Vaccination in the Punjab 1919-1929 - 1919-1929
Year: 1919
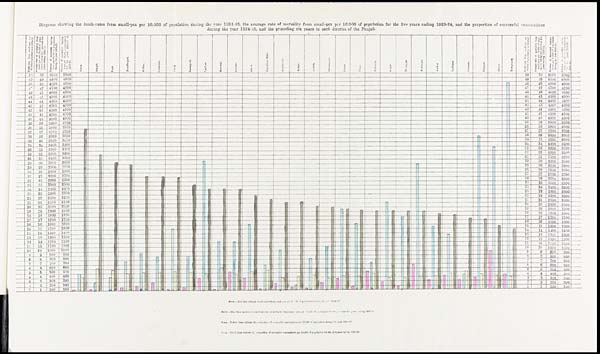
Diagram showing the death-rates from small-pox per 10,000 of population during the year 1924-25, the average rate of mortality from small-pox per 10,000 of population for the five years ending 1923-24, and the proportion of successful vaccinations
during the year 1924-25, and the preceding six years in each district of the Punjab.